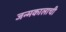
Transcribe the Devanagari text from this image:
जन्मकालाची